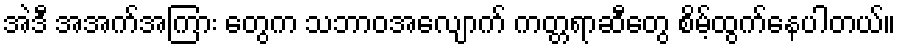
အဲဒီ အအက်အကြား တွေက သဘာဝအလျောက် ကတ္တရာဆီတွေ စိမ့်ထွက်နေပါတယ်။